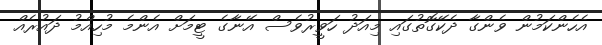
އެހެންކަމުން ވެންގާ ދެކޭގޮތުގައި މިއަދު ހަވީރުވެސް އޭނާގެ ޓީމަށް އެންމެ މުހިއްމު ދައުރެއް